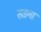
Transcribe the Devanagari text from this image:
सडना